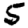
Digit: 5